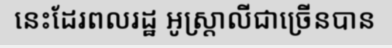
នេះដែរពលរដ្ឋ អូស្ត្រាលីជាច្រើនបាន